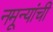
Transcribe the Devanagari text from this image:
नमून्यांची